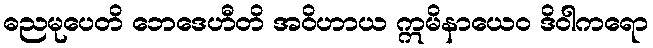
ဓညမုပေတိ ဘေဒေဟီတိ အဝိဟာယ ဣမိနာယေဝ ဒိဝါကရော